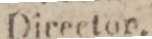
Director.